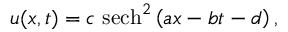
\begin{array} { r } { u ( x , t ) = c \ \mathrm { s e c h } ^ { 2 } \left( a x - b t - d \right) , } \end{array}